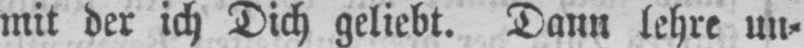
mit der ich Dich geliebt. Dann lehre un⸗